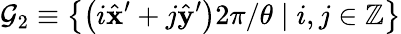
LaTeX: \mathcal{G}_{2}\equiv\left\{ \left(i\hat{\mathbf{x}}^{\prime}+j\hat{\mathbf{y}}^{\prime}\right)2\pi/\theta\mid i,j\in\mathbb{Z}\right\}